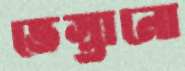
ভেস্তানো